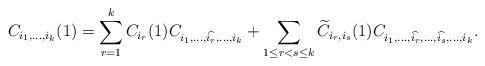
LaTeX: \begin{align*} C_{i_1,\ldots,i_k}(1) = \sum_{r=1}^k C_{i_r}(1)C_{i_1,\ldots,\widehat{i_r},\ldots,i_k} + \sum_{1\leq r<s \leq k} \widetilde{C}_{i_r,i_s}(1)C_{i_1,\ldots,\widehat{i_r},\ldots,\widehat{i_s},\ldots,i_k}.\end{align*}